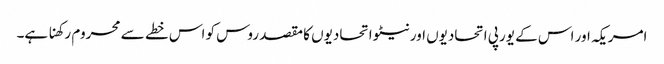
امریکہ اور اس کے یورپی اتحادیوں اور نیٹو اتحادیوں کا مقصد روس کو اس خطے سے محروم رکھنا ہے۔